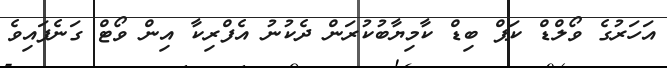
އަހަރުގެ ވޯލްޑް ކަޕް ބިޑް ކާމިޔާބުކުރަން ދެކުނު އެފްރިކާ އިން ވޯޓް ގަނެފައިވެ